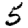
Digit: 5